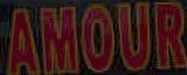
AMOUR